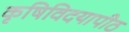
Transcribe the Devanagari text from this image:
कृषिविदयापीठ